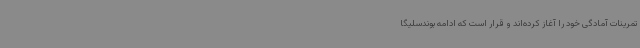
تمرینات آمادگی خود را آغاز کرده‌اند و قرار است که ادامه بوندسلیگا